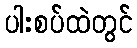
ပါးစပ်ထဲတွင်